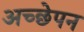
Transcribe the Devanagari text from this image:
अच्छेपन